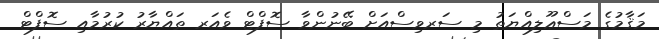
މަޤާމުގެ މަސްޢޫލިއްޔަތު މި ސަރވިސްއަށް ބޭނުންވާ ސޮފްޓް ވެއަރ ތައްޔާރު ކުރުމާއި ސޮފްޓް